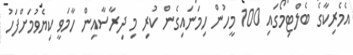
އެމެރިކާގެ ބެލްޓިމޯގައި 100 މީހުން ހިމަނައިގެން ކުރި މި ދިރާސާއިން ހާމަވީ ކިޔެވުމަށްފަހު